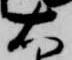
右